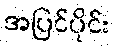
အပြင်ပိုင်း